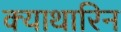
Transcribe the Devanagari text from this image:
क्याथारिन